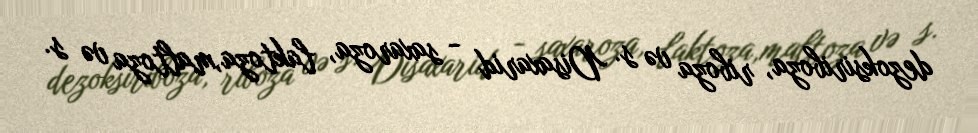
dezoksiriboza, riboza və s. Disaxarid - saxaroza, laktoza,maltoza və s.